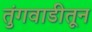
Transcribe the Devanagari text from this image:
तुंगवाडीतून